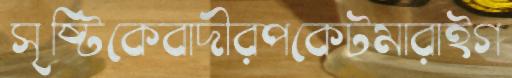
সৃষ্টিকেবাদীরপকেটমারাইগ